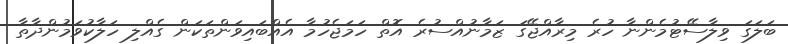
ބަލަގަ ވިލާސޭޓުމެންނާ ހުރެ މިރާއްޖޭގަ ޒަމާނުއްސުރެ އޮތް ހަމަޖެހުމާ އެއްބައިވަންތަކަން ގެއްލި ހަލާކުވަމުންދާތާ